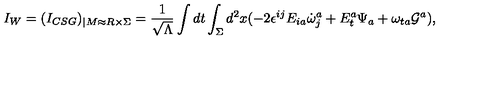
I _ { W } = ( I _ { C S G } ) _ { | M \approx R \times \Sigma } = \frac { 1 } { \sqrt { \Lambda } } \int d t \int _ { \Sigma } d ^ { 2 } x ( - 2 \epsilon ^ { i j } E _ { i a } \dot { \omega } _ { j } ^ { a } + E _ { t } ^ { a } \Psi _ { a } + \omega _ { t a } { \cal G } ^ { a } ) ,